On the action of the venoms of the cobra (Naja tripudians) and of the daboia (Daboia russellii) on the red blood corpuscles and on the blood plasma - Number 4
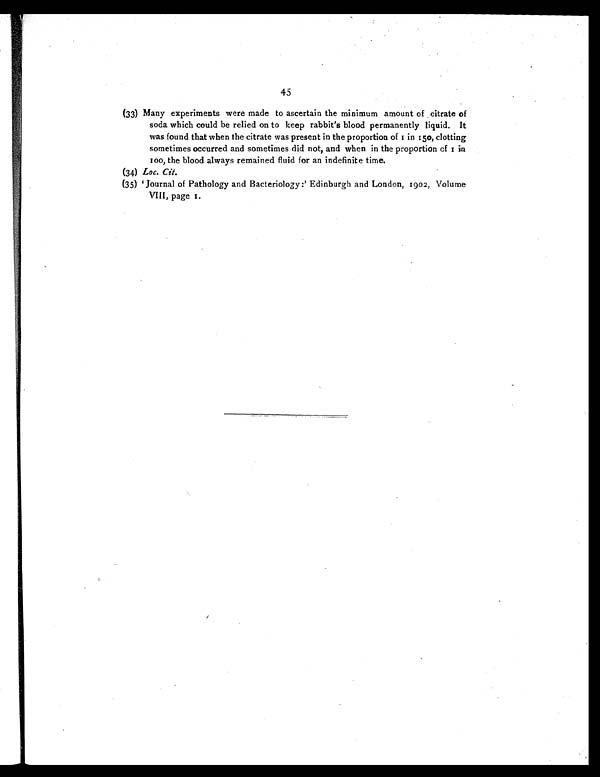
45
(33) Many experiments were made to ascertain the minimum amount of citrate of
soda which could be relied on to keep rabbit's blood permanently liquid. It
was found that when the citrate was present in the proportion of 1 in 150, clotting
sometimes occurred and sometimes did not, and when in the proportion of 1 in
100, the blood always remained fluid for an indefinite time.
(34) Loc. Cit.
(35) Journal of Pathology and Bacteriology :' Edinburgh and London, 1902, Volume
VIII, page 1.